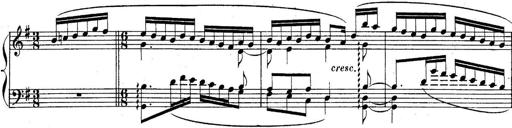
Title: Sonatina for Piano
Composer: BÃ©la BartÃ³k